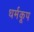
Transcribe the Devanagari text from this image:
धर्मकूप